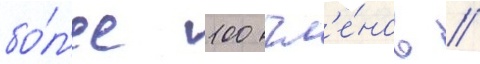
бо́л'ее 100 чл'е́нов //